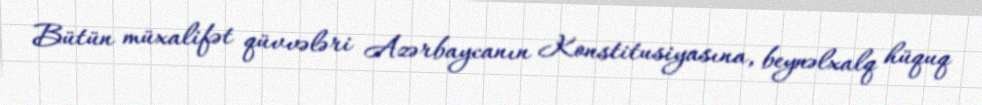
Bütün müxalifət qüvvələri Azərbaycanın Konstitusiyasına, beynəlxalq hüquq